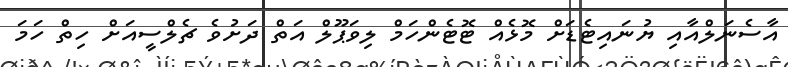
އާސެނަލްއާއި ޔުނައިޓެޑަށް މޮޅެއް ޓޮޓެންހަމް ލިވަޕޫލް އަތް ދަށުވެ ޗެލްސީއަށް ހިތް ހަމަ